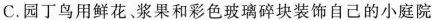
C.园丁鸟用鲜花、浆果和彩色玻璃碎块装饰自己的小庭院